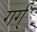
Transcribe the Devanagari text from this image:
गर्ग्